Vaccination in Bombay 1869-1873 - 1869-1873
Year: 1869
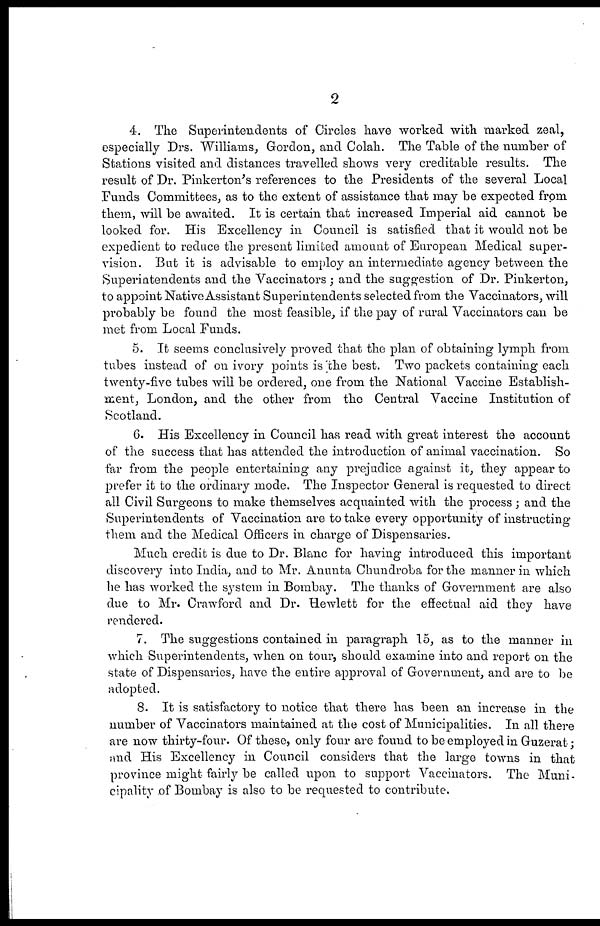
2
4. The Superintendents of Circles have worked with marked zeal,
especially Drs. Williams, Gordon, and Colah. The Table of the number of
Stations visited and distances travelled shows very creditable results. The
result of Dr. Pinkerton's references to the Presidents of the several Local
Funds Committees, as to the extent of assistance that may be expected from
them, will be awaited. It is certain that increased Imperial aid cannot be
looked for. His Excellency in Council is satisfied that it would not be
expedient to reduce the present limited amount of European Medical super-
vision. But it is advisable to employ an intermediate agency between the
Superintendents and the Vaccinators; and the suggestion of Dr. Pinkerton,
to appoint Native Assistant Superintendents selected from the Vaccinators, will
probably be found the most feasible, if the pay of rural Vaccinators can be
met from Local Funds.
5. It seems conclusively proved that the plan of obtaining lymph from
tubes instead of on ivory points is the best. Two packets containing each
twenty-five tubes will be ordered, one from the National Vaccine Establish-
ment, London, and the other from the Central Vaccine Institution of
Scotland.
6. His Excellency in Council has read with great interest the account
of the success that has attended the introduction of animal vaccination. So
far from the people entertaining any prejudice against it, they appear to
prefer it to the ordinary mode. The Inspector General is requested to direct
all Civil Surgeons to make themselves acquainted with the process ; and the
Superintendents of Vaccination are to take every opportunity of instructing
them and the Medical Officers in charge of Dispensaries.
Much credit is due to Dr. Blanc for having introduced this important
discovery into India, and to Mr. Anunta Chundroba for the manner in which
he has worked the system in Bombay. The thanks of Government are also
due to Mr. Crawford and Dr. Hewlett for the effectual aid they have
rendered.
7. The suggestions contained in paragraph 15, as to the manner in
which Superintendents, when on tour, should examine into and report on the
state of Dispensaries, have the entire approval of Government, and are to be
adopted.
8. It is satisfactory to notice that there has been an increase in the
number of Vaccinators maintained at the cost of Municipalities. In all there
are now thirty-four. Of these, only four are found to be employed in Guzerat;
and His Excellency in Council considers that the large towns in that
province might fairly be called upon to support Vaccinators. The Muni¬
cipality of Bombay is also to be requested to contribute.